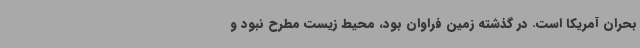
بحران آمریکا است. در گذشته زمین فراوان بود، محیط زیست مطرح نبود و